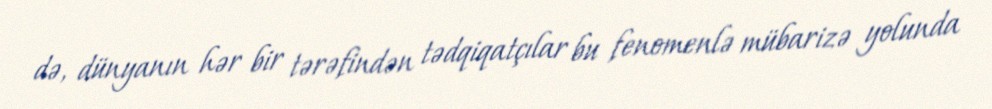
də, dünyanın hər bir tərəfindən tədqiqatçılar bu fenomenlə mübarizə yolunda